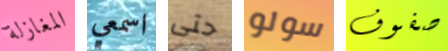
المغازلة اسمعي حتى سولو صفوف